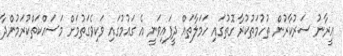
އީރާނު ސަރުކާރުން ތުހުމަތުކުރާ ގޮތުގައި ހަމަލާތައް ދީފައިވަނީ އެ ގައުމުގައި ވަކިވެގަތުމަށް މަސައްކަތްކުރަމުންދާ